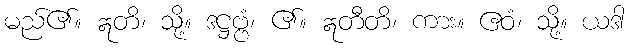
မည်၏။ ဣတိ၊ သို့။ ဒဋ္ဌဗ္ဗံ၊ ၏။ ဣတီတိ၊ ကား။ ဧဝံ၊ သို့။ ယဒါ